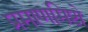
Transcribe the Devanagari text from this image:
प्रमाणमिष्टो